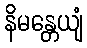
နိမန္တေယျံ